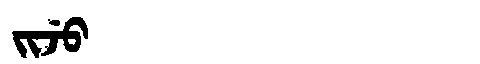
Manchu: ᠵᡳᠵᡠ
Romanization: JIJU